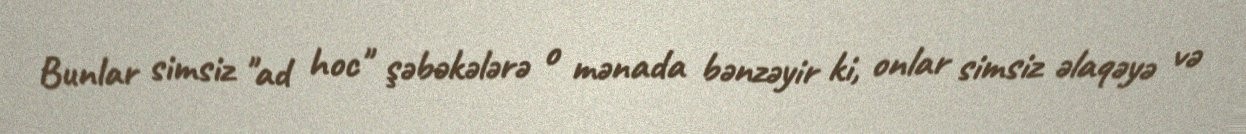
Bunlar simsiz "ad hoc" şəbəkələrə o mənada bənzəyir ki, onlar simsiz əlaqəyə və